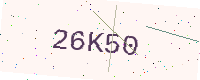
Text: 26K50